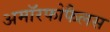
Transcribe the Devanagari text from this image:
अमॉरफोफैलस